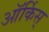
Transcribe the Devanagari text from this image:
ऑर्किस्